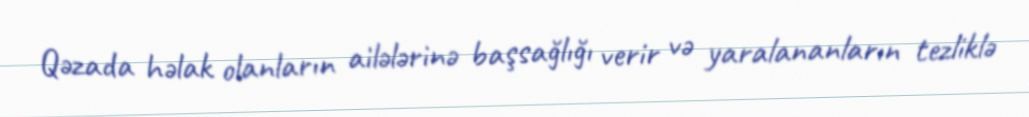
Qəzada həlak olanların ailələrinə başsağlığı verir və yaralananların tezliklə